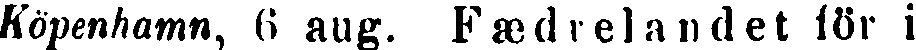
Köpenhamn, 6 aug. Fæ d r e l a n d e t för i